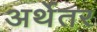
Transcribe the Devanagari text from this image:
अर्थेतर